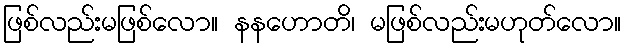
ဖြစ်လည်းမဖြစ်လော။ နနဟောတိ၊ မဖြစ်လည်းမဟုတ်လော။